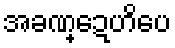
အခဏ္ဍေဟိပေ